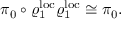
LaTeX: \pi _ { 0 } \circ \varrho _ { 1 } ^ { \mathrm { l o c } } \varrho _ { 1 } ^ { \mathrm { l o c } } \cong \pi _ { 0 } .